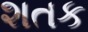
શતક